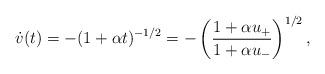
LaTeX: \begin{align*}\dot v (t) = - (1 + \alpha t)^{-1/2} = - \left({1 + \alpha u_+\over 1 +\alpha u_-}\right)^{1/2} ,\end{align*}